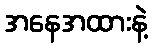
အနေအထားနဲ့